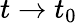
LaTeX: t\rightarrow t_{0}